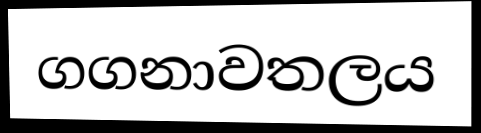
ගගනාවතලය